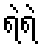
ရဲရဲ